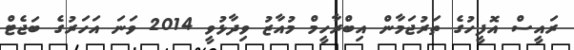
ރައީސް އޮފީހުގެ ތަރުޖަމާން އިބްރާހީމް މުއާޒު ވިދާޅުވީ 2014 ވަނަ އަހަރުގެ ބަޖެޓް